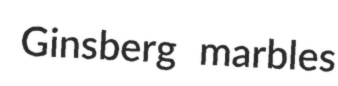
Ginsberg marbles